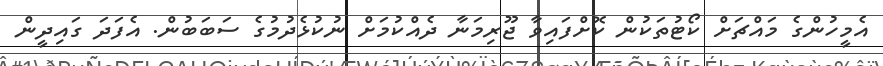
އެމީހުންގެ މައްޗަށް ކޯޓުތަކުން ކޮށްފައިވާ ޖޫރިމަނާ ދެއްކުމަށް ނުކުޅެދުމުގެ ސަބަބުން. އެފަދަ ގައިދީން